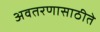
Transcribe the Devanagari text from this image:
अवतरणासाठीते